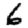
Digit: 6